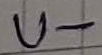
Text: U-